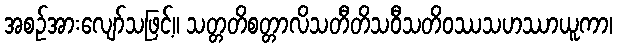
အစဉ်အားလျော်သဖြင့်။ သတ္တတိစတ္တာလိသတီတိသဝီသတိဝဿသဟဿာယူကာ၊